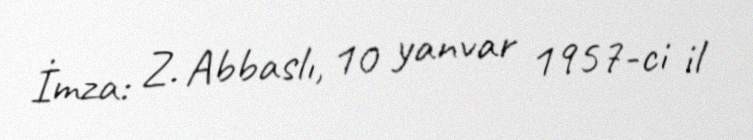
İmza: Z. Abbaslı, 10 yanvar 1957-ci il